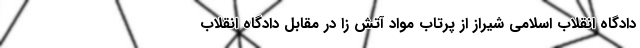
دادگاه انقلاب اسلامی شیراز از پرتاب مواد آتش زا در مقابل دادگاه انقلاب